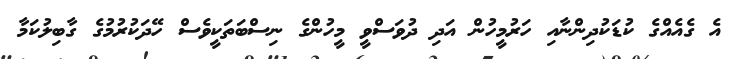
އެ ގެއެއްގެ ކުޑަކުދިންނާއި ހަރުމީހުން އަދި ދުވަސްވީ މީހުންގެ ނިސްބަތަކީވެސް ހޭދަކުރުމުގެ ގާބިލުކަމާ